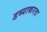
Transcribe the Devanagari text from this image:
डब्याकरता